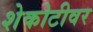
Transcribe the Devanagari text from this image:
शेकोटीवर